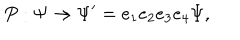
P : \Psi \rightarrow \Psi ^ { \prime } = e _ { 1 } e _ { 2 } e _ { 3 } e _ { 4 } \Psi ,